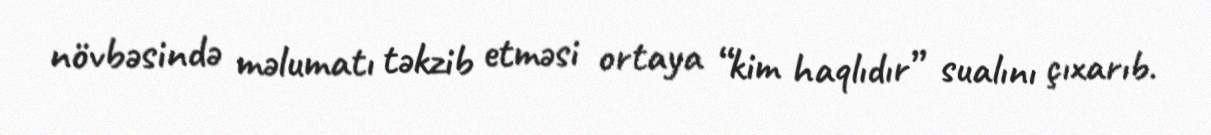
növbəsində məlumatı təkzib etməsi ortaya “kim haqlıdır” sualını çıxarıb.